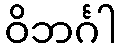
ဝိဘင်္ဂါ